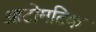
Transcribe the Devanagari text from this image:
आटोमटिक